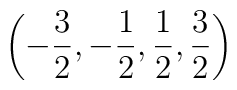
\left( -\frac{3}{2},-\frac{1}{2},\frac{1}{2},\frac{3}{2}\right) \protect